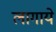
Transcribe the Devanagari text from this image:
लागाये